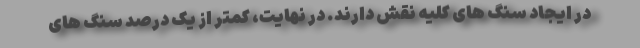
در ایجاد سنگ های کلیه نقش دارند. در نهایت، کمتر از یک درصد سنگ های